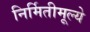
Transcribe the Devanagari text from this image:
निर्मितीमूल्ये